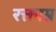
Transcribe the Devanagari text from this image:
रक्ताम्र